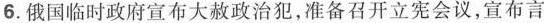
6.俄国临时政府宣布大赦政治犯，准备召开立宪会议，宣布言